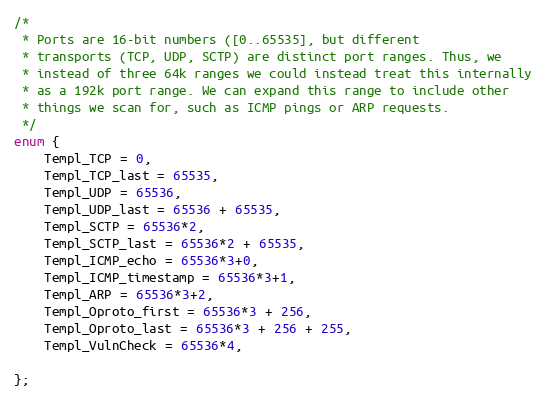
Language: C
/*
 * Ports are 16-bit numbers ([0..65535], but different
 * transports (TCP, UDP, SCTP) are distinct port ranges. Thus, we
 * instead of three 64k ranges we could instead treat this internally
 * as a 192k port range. We can expand this range to include other
 * things we scan for, such as ICMP pings or ARP requests.
 */
enum {
    Templ_TCP = 0,
    Templ_TCP_last = 65535,
    Templ_UDP = 65536,
    Templ_UDP_last = 65536 + 65535,
    Templ_SCTP = 65536*2,
    Templ_SCTP_last = 65536*2 + 65535,
    Templ_ICMP_echo = 65536*3+0,
    Templ_ICMP_timestamp = 65536*3+1,
    Templ_ARP = 65536*3+2,
    Templ_Oproto_first = 65536*3 + 256,
    Templ_Oproto_last = 65536*3 + 256 + 255,
    Templ_VulnCheck = 65536*4,

};